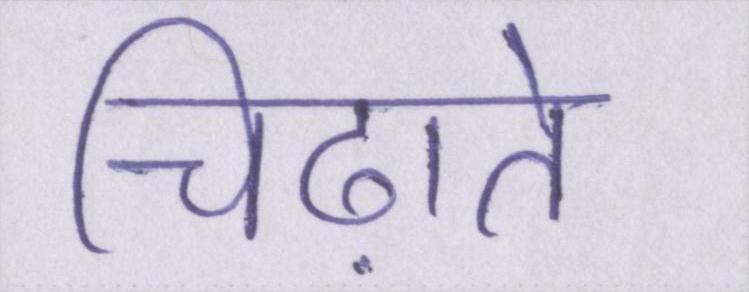
चिढ़ाते